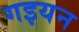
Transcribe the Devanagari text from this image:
गइयन